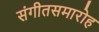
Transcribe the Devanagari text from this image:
संगीतसमारोह